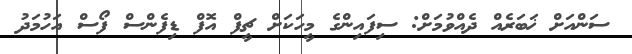
ސަންއަށް ޚަބަރެއް ދެއްވުމަށް: ސިފައިންގެ މީހަކަށް ޗީފް އޮފް ޑިފެންސް ފޯސް އަހުމަދު